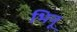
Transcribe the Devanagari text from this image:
भिनू